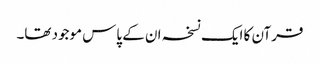
قرآن کا ایک نسخہ ان کے پاس موجود تھا۔